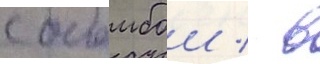
с бомбои / в